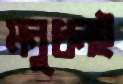
মনুধলই